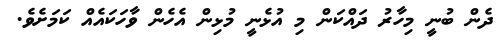
ދެން ބުނީ މިހާރު ދައްކަން މި އުޅެނީ މުޅިން އެހެން ވާހަކައެއް ކަމަށެވެ.